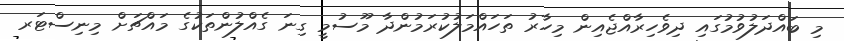
މި ބައްދަލުވުމުގައި ދިވެހިރާއްޖެއިން މިހާރު ތަހައްމަލުކުރަމުންދާ މޫސުމީ ގިނަ ގެއްލުންތަކުގެ މައްޗަށް މިނިސްޓަރ